Report of the Municipal Commissioner on the plague in Bombay for the year ending 31st May... - Volume 2
Disease focus: Plague
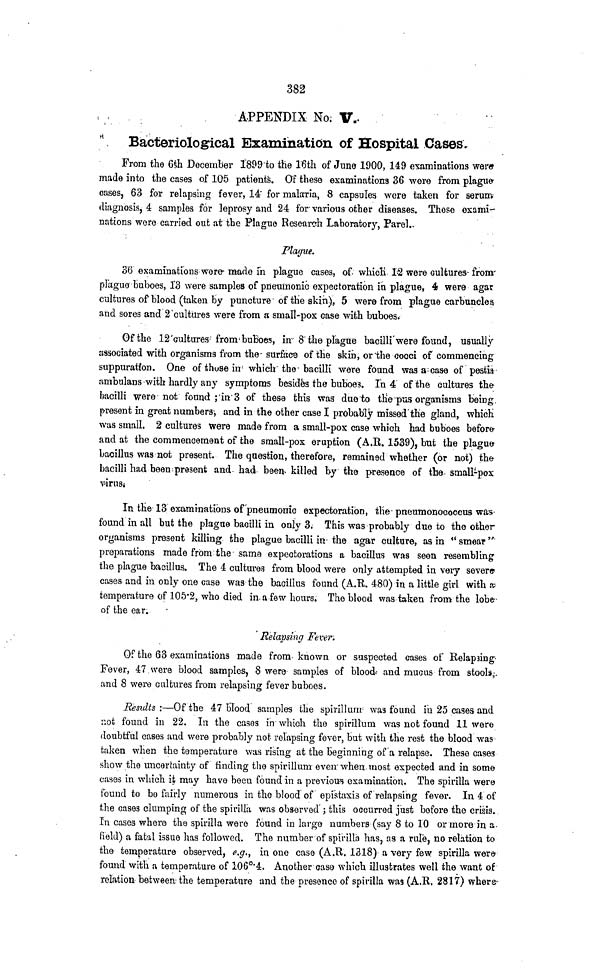
382
APPENDIX No; V.
Bacteriological Examination of Hospital Cases.
From the 6th December 1899 to the 16th of June 1900, 149 examinations were
made into the cases of 105 patients. Of these examinations 36 were from plague-
oases, 63 for relapsing fever, 14 for malaria, 8 capsules wore taken for serum
diagnosis, 4 samples for leprosy and 24 for various other diseases. Those exami-
nations were carried out at the Plague Research Laboratory, Parel.
Plague.
36 examinations were made in plague cases, of which 12 were cultures from
plague buboes, 13 were samples of pneumonic expectoration in plague, 4 were agar
cultures of blood (taken by puncture of the skin), 5 were from plague carbuncles
and sores and 2 cultures were from a small-pox case with buboes.
Of the 12 cultures from buboes, in 8 the plague bacilli were found, usually
associated with organisms from the surface of the skin, or the cooci of commencing
suppuration. One of those in which the bacilli were found was a case of pestis
ambulans with hardly any symptoms besides the buboes. In 4 of the cultures the
bacilli were not found ; in 3 of these this was due to the pus organisms being.
present in great numbers; and in the other case I probably missed the gland, which
was small. 2 cultures were made from a small-pox case which had buboes before-
and at the commencement of the small-pox eruption (A.R. 1539), but the plague
bacillus was not present. The question, therefore, remained whether (or not) the
bacilli had been present and had been killed by the presence of the small-pox
virus.
In the 13 examinations of pneumonic expectoration, the pneumonococcus was
found in all but the plague bacilli in only 3. This was probably due to the other
organisms present killing the plague bacilli in the agar culture, as in " smear "
preparations made from the same expectorations a bacillus was seen resembling
the plague bacillus. The 4 cultures from blood were only attempted in very severe
cases and in only one case was the bacillus found (A.R. 480) in a little girl with a;
temperature of 105.2, who died in a few hours. The blood was taken from the lobe
of the ear.
Relapsing Fever.
Of the 63 examinations made from known or suspected cases of Relapsing
Fever, 47 were blood samples, 8 were samples of blood and mucus from stools;
and 8 were cultures from relapsing fever buboes.
Results :—Of the 47 blood samples the spirillum was found in 25 cases and
not found in 22. In the cases in" which the spirillum was not found 11 were
doubtful cases and were probably not relapsing fever, but with the rest the blood was
taken when the temperature was rising at the Beginning of a relapse. These cases
show the uncertainty of finding the spirillum even when most expected and in some
cases in which it may have been found in a previous examination. The spirilla were
found to bo fairly numerous in the blood of epistaxis of relapsing fever. In 4 of
the case3 clumping of the spirilla was observed ; this occurred just before the crisis.
In cases where the spirilla were found in large numbers (say 8 to 10 or more in a
field) a fatal issue has followed. The number of spirilla has, as a rule, no relation to
the temperature observed, e.g., in one case (A.R. 1318) a very few spirilla were
found with a temperature of 106°.4. Another case which illustrates well the want of
relation between the temperature and the presence of spirilla was (A.R. 2817) where